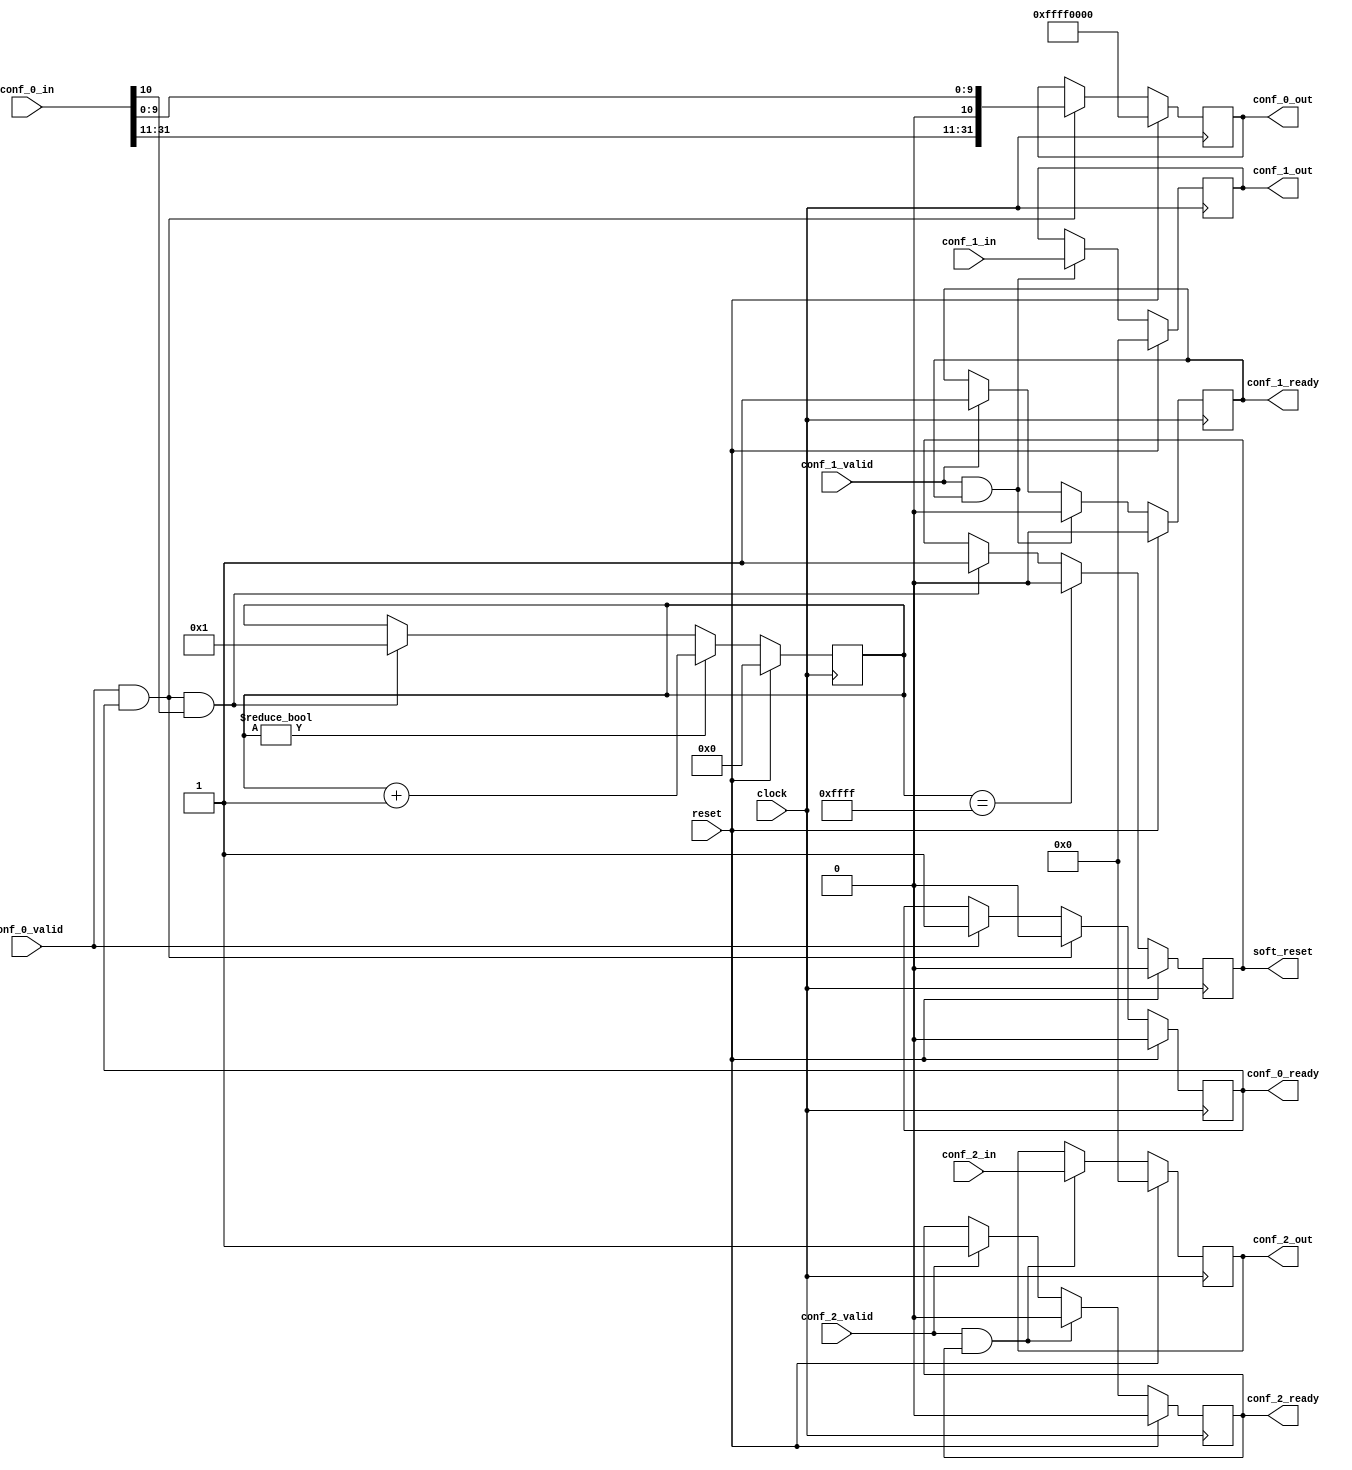
`timescale 1ns / 1ps

module spi_conf
#(
    parameter   CONFIG_WIDTH = 32
)(
     input                          clock
    ,input                          reset
    
    ,input                          conf_0_valid
    ,output reg                     conf_0_ready
    ,input      [CONFIG_WIDTH-1:0]  conf_0_in
    ,output reg [CONFIG_WIDTH-1:0]  conf_0_out
    
    ,input                          conf_1_valid
    ,output reg                     conf_1_ready
    ,input      [CONFIG_WIDTH-1:0]  conf_1_in
    ,output reg [CONFIG_WIDTH-1:0]  conf_1_out
    
    ,input                          conf_2_valid
    ,output reg                     conf_2_ready
    ,input      [CONFIG_WIDTH-1:0]  conf_2_in
    ,output reg [CONFIG_WIDTH-1:0]  conf_2_out
    
    ,output reg                     soft_reset
);

always @(posedge clock)
if (reset)                              conf_0_ready <= 0;
else if (conf_0_valid & conf_0_ready)   conf_0_ready <= 0;
else if (conf_0_valid)                  conf_0_ready <= 1;
else                                    conf_0_ready <= conf_0_ready;

always @(posedge clock)
if (reset)                              conf_0_out <= {16'hFFFF, 6'h00, 2'b00, 1'b0, 1'b0, 2'b00, 2'b00, 2'b00};
else if (conf_0_valid & conf_0_ready)   conf_0_out <= {conf_0_in[31:11],1'b0,conf_0_in[9:0]};
else                                    conf_0_out <= conf_0_out;

always @(posedge clock)
if (reset)                              conf_1_ready <= 0;
else if (conf_1_valid & conf_1_ready)   conf_1_ready <= 0;
else if (conf_1_valid)                  conf_1_ready <= 1;
else                                    conf_1_ready <= conf_1_ready;

always @(posedge clock)
if (reset)                              conf_1_out <= {16'h0, 8'd0, 8'h0};
else if (conf_1_valid & conf_1_ready)   conf_1_out <= conf_1_in;
else                                    conf_1_out <= conf_1_out;

always @(posedge clock)
if (reset)                              conf_2_ready <= 0;
else if (conf_2_valid & conf_2_ready)   conf_2_ready <= 0;
else if (conf_2_valid)                  conf_2_ready <= 1;
else                                    conf_2_ready <= conf_2_ready;

always @(posedge clock)
if (reset)                              conf_2_out <= {16'd0, 16'd0};
else if (conf_2_valid & conf_2_ready)   conf_2_out <= conf_2_in;
else                                    conf_2_out <= conf_2_out;

reg [15:0] reset_cnt;
always @(posedge clock)
if (reset)                                              reset_cnt <= 0;
else if (reset_cnt != 0)                                reset_cnt <= reset_cnt + 1;
else if (conf_0_valid & conf_0_ready & conf_0_in[10])   reset_cnt <= 1;
else                                                    reset_cnt <= reset_cnt;

always @(posedge clock)
if (reset)                                              soft_reset <= 0;
else if (reset_cnt == 16'hFFFF)                         soft_reset <= 0;
else if (conf_0_valid & conf_0_ready & conf_0_in[10])   soft_reset <= 1;
else                                                    soft_reset <= soft_reset;

endmodule